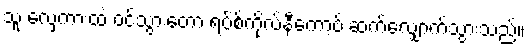
သူ လှေကားထဲ ဝင်သွားတော့ ရပ်စ်ကိုလ်နီကော့ဗ် ဆက်လျှောက်သွားသည်။